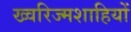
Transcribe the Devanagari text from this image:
ख्वरिज्मशाहियों